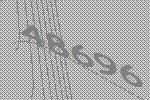
48696